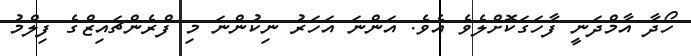
ހޯދާ އާމްދަނީ ފާހަގަކޮށްލެވެ އެވެ. އަންނަ އަހަރު ނިކުންނަ މި ފްރެންޗައިޒްގެ ފިލްމު